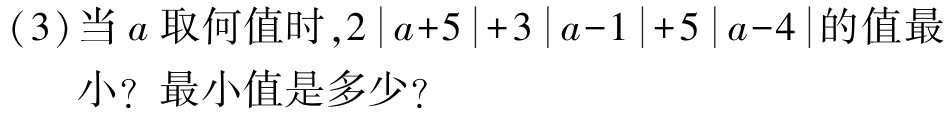
(3)当\(a\)取何值时,\(2\left|a + 5\right|+3\left|a - 1\right|+5\left|a - 4\right|\)的值最小？最小值是多少？